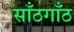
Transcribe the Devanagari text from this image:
साँठगाँठ